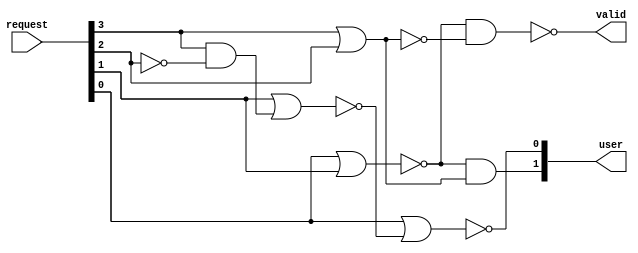
/* Generated by Yosys 0.16+41 (git sha1 29c0a5958, clang 11.0.1-2 -fPIC -Os) */

(* top =  1  *)
(* src = "examples/priority_encoder.v:1.1-38.10" *)
module priority_encoder(request, valid, user);
  wire _00_;
  wire _01_;
  wire _02_;
  wire _03_;
  wire _04_;
  wire _05_;
  wire _06_;
  wire _07_;
  wire _08_;
  wire _09_;
  wire _10_;
  wire _11_;
  wire _12_;
  wire _13_;
  wire _14_;
  wire _15_;
  (* src = "examples/priority_encoder.v:2.15-2.22" *)
  wire _16_;
  (* src = "examples/priority_encoder.v:2.15-2.22" *)
  wire _17_;
  (* src = "examples/priority_encoder.v:2.15-2.22" *)
  wire _18_;
  (* src = "examples/priority_encoder.v:2.15-2.22" *)
  wire _19_;
  (* src = "examples/priority_encoder.v:4.16-4.20" *)
  wire _20_;
  (* src = "examples/priority_encoder.v:4.16-4.20" *)
  wire _21_;
  (* src = "examples/priority_encoder.v:3.10-3.15" *)
  wire _22_;
  (* src = "examples/priority_encoder.v:2.15-2.22" *)
  input [3:0] request;
  wire [3:0] request;
  (* src = "examples/priority_encoder.v:4.16-4.20" *)
  output [1:0] user;
  wire [1:0] user;
  (* src = "examples/priority_encoder.v:7.13-7.22" *)
  wire [1:0] user_comb;
  (* src = "examples/priority_encoder.v:3.10-3.15" *)
  output valid;
  wire valid;
  (* src = "examples/priority_encoder.v:6.7-6.17" *)
  wire valid_comb;
  assign _14_ = ~_18_;
  assign _15_ = _19_ & _14_;
  assign _10_ = ~(_17_ | _15_);
  assign _20_ = ~(_16_ | _10_);
  assign _11_ = ~(_16_ | _17_);
  assign _12_ = ~(_19_ | _18_);
  assign _13_ = _19_ | _18_;
  assign _21_ = _11_ & _13_;
  assign _22_ = ~(_11_ & _12_);
  assign user_comb = user;
  assign valid_comb = valid;
  assign user[0] = _20_;
  assign _16_ = request[0];
  assign _17_ = request[1];
  assign user[1] = _21_;
  assign _19_ = request[3];
  assign _18_ = request[2];
  assign valid = _22_;
endmodule